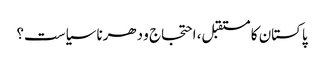
پاکستان کا مستقبل، احتجاج و دھرنا سیاست؟